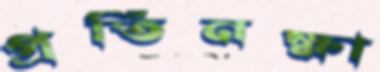
প্রতিনক্ষা